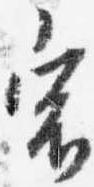
宿